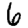
Digit: 6